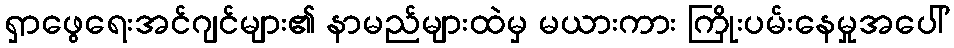
ရှာဖွေရေးအင်ဂျင်များ၏ နာမည်များထဲမှ မယားကား ကြိုးပမ်းနေမှုအပေါ်